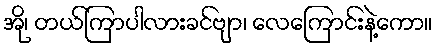
အို၊ တယ်ကြာပါလားခင်ဗျာ၊ လေကြောင်းနဲ့ကော။